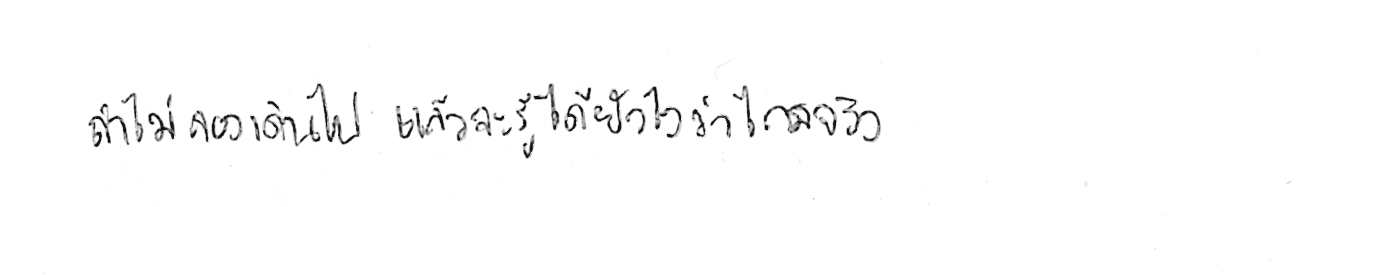
ถ้าไม่ลองเดินไป แล้วจะรู้ได้ยังไงว่าไกลจริง